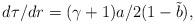
LaTeX: \begin{align*}d{\tau}/{d{r}}=(\gamma+1)a/{2(1-\tilde{b})},\end{align*}